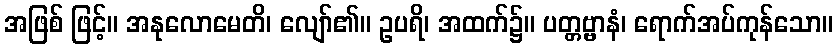
အဖြစ် ဖြင့်။ အနုလောမေတိ၊ လျော်၏။ ဥပရိ၊ အထက်၌။ ပတ္တဗ္ဗာနံ၊ ရောက်အပ်ကုန်သော။